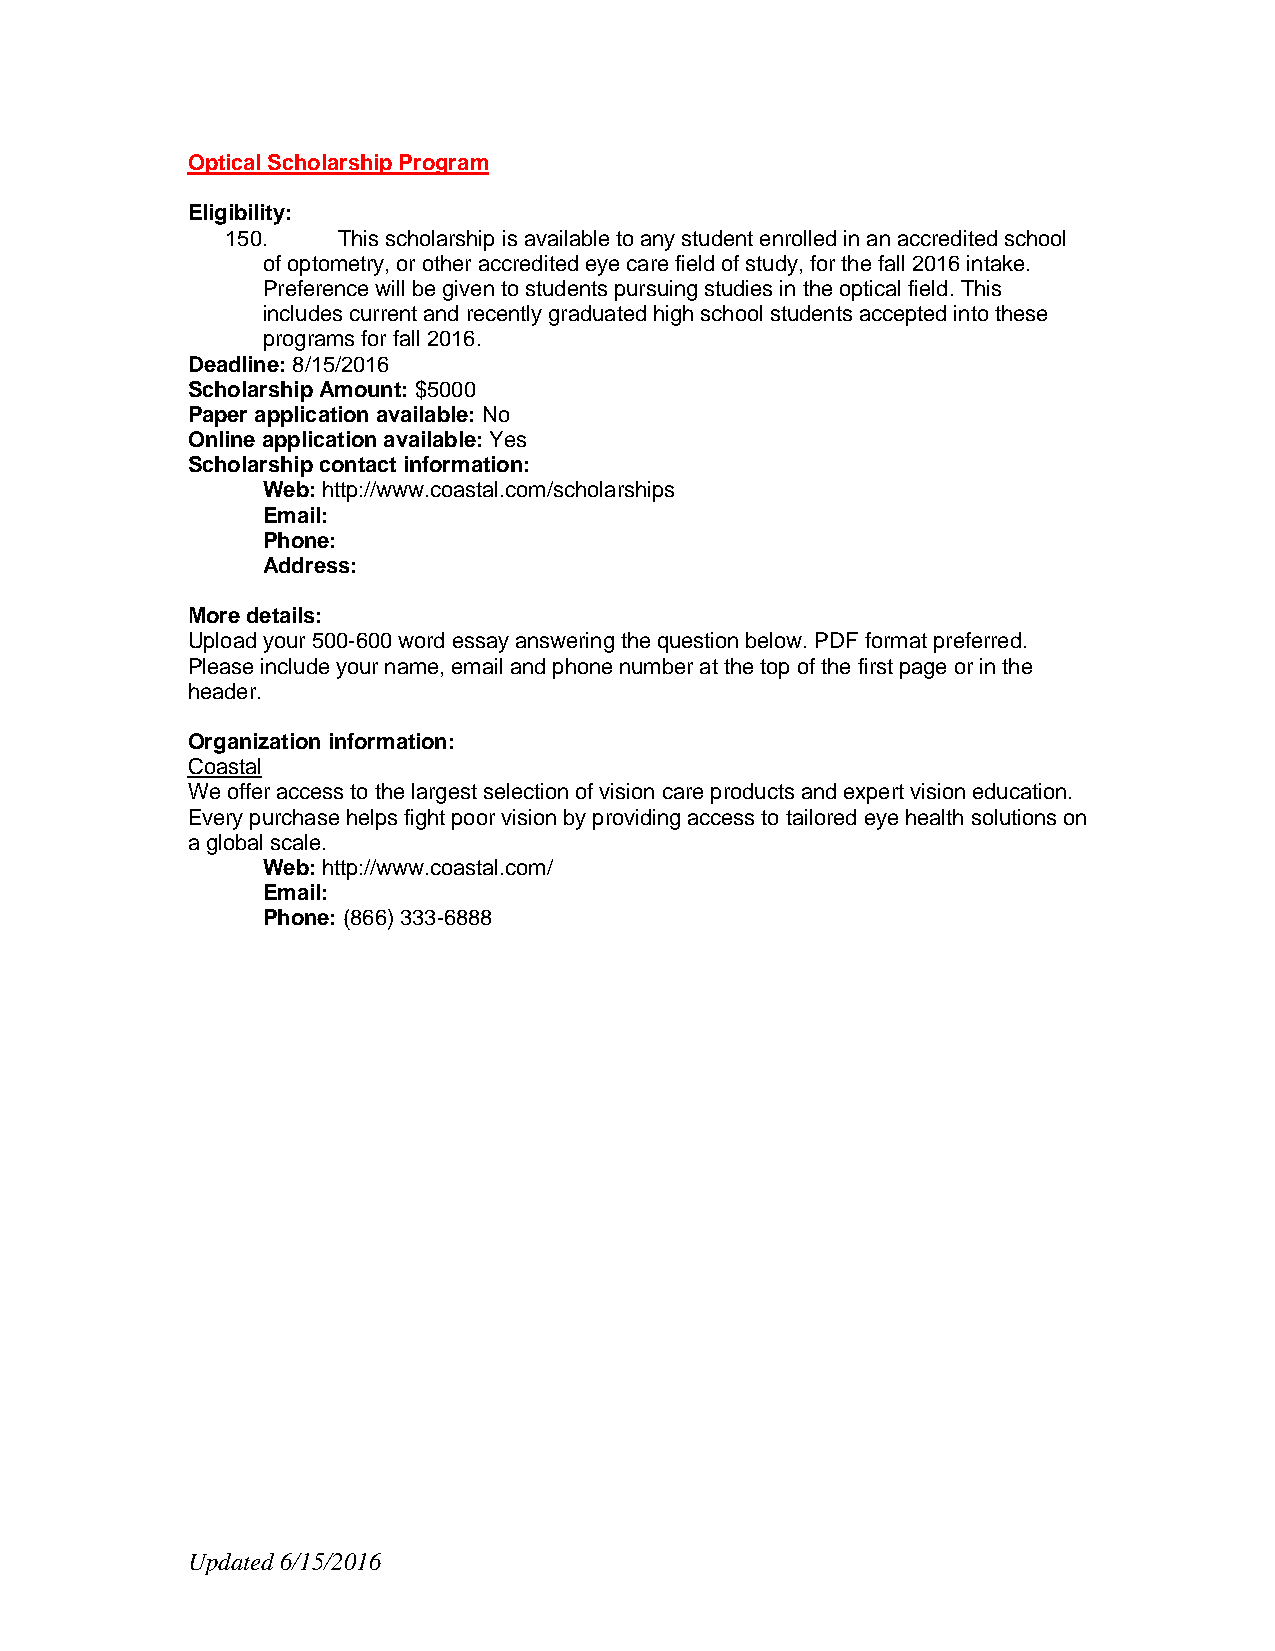
Optical Scholarship Program
 Eligibility:
 150.   This scholarship is available to any student enrolled in an accredited school
 of optometry, or other accredited eye care field of study, for the fall 2016 intake.
 Preference will be given to students pursuing studies in the optical field. This
 includes current and recently graduated high school students accepted into these
 programs for fall 2016.
 Deadline: 8/15/2016
 Scholarship Amount: $5000
 Paper application available: No
 Online application available: Yes
 Scholarship contact information:
 Web: http://www.coastal.com/scholarships
 Email:
 Phone:
 Address:
 More details:
 Upload your 500-600 word essay answering the question below. PDF format preferred.
 Please include your name, email and phone number at the top of the first page or in the
 header.
 Organization information:
 Coastal
 We offer access to the largest selection of vision care products and expert vision education.
 Every purchase helps fight poor vision by providing access to tailored eye health solutions on
 a global scale.
 Web: http://www.coastal.com/
 Email:
 Phone: (866) 333-6888
 Updated 6/15/2016